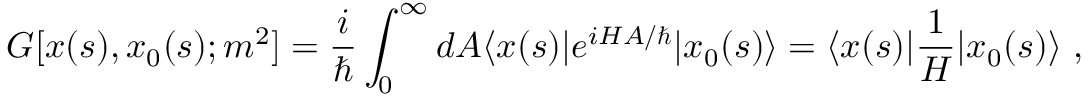
G [ x ( s ) , x _ { 0 } ( s ) ; m ^ { 2 } ] = { \frac { i } { \hbar } } \int _ { 0 } ^ { \infty } d A \langle x ( s ) | e ^ { i H A / \hbar } | x _ { 0 } ( s ) \rangle = \langle x ( s ) | { \frac { 1 } { H } } | x _ { 0 } ( s ) \rangle \ ,